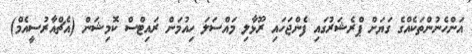
އަންހެނުންތަކެއްގެ ގަޔަށް ޕްރެޝަރުގައި ފެންޖަހައި ރޫޅާލި މައްސަލަ ހިއުމަން ރައިޓްސް ކޮމިޝަން (އެޗްއާރުސީއެމް)